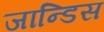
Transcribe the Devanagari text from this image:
जान्डिस